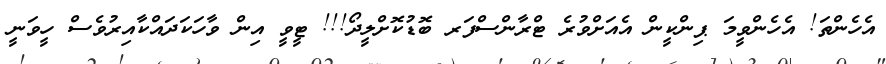
އެހެންތަ! އެހެންވީމަ ޕިންކީން އެއަށްވުރެ ޓްރާންސްފަރ ބޮޑުކޮށްލީދޯ!!! ޓީވީ އިން ވާހަކަދައްކާއިރުވެސް ހީވަނީ